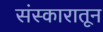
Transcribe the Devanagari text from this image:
संस्कारातून